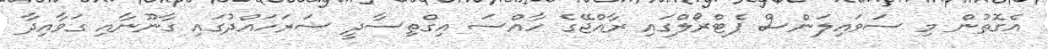
އެގޮތުން މި ސަވައިލަންސް ޕެޓްރޯލްގައި ރާއްޖޭގެ ހާއްސަ އިގްތިސާދީ ސަރަހައްދުގައި ގާނޫނާއި ގަވާއިދާ